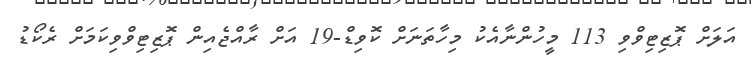
އަލަށް ޕޮޒިޓިވްވި 113 މީހުންނާއެކު މިހާތަނަށް ކޮވިޑް-19 އަށް ރާއްޖެއިން ޕޮޒިޓިވްވިކަމަށް ރެކޯޑު